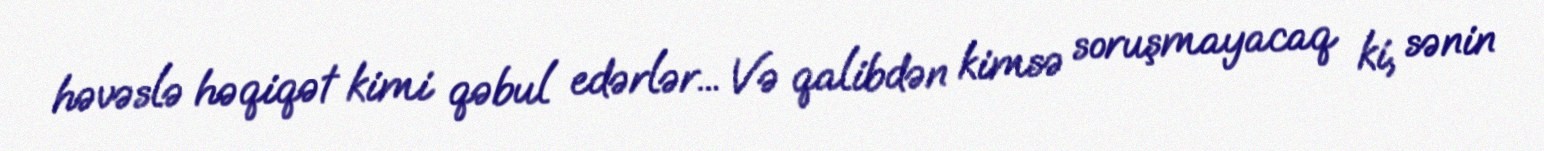
həvəslə həqiqət kimi qəbul edərlər... Və qalibdən kimsə soruşmayacaq ki, sənin